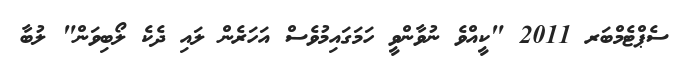
ސެޕްޓެމްބަރ 2011 "ކީއްވެ ނުވާންވީ ހަމަގައިމުވެސް އަހަރެން ލައި ދެކެ ލޯބިވަން" ލުބާ